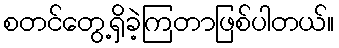
စတင်တွေ့ရှိခဲ့ကြတာဖြစ်ပါတယ်။